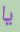
يا